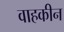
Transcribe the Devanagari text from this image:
वाहकीन